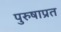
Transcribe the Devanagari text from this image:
पुरुषाप्रत